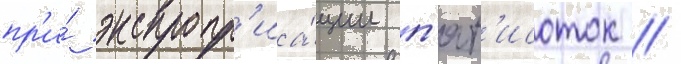
пр'и́ экспропр'иа́ции п'ят'исоток //